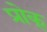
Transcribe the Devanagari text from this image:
प्रोक्